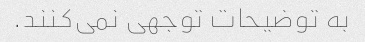
به توضیحات توجهی نمی‌کنند.